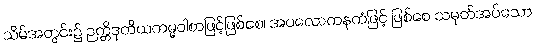
သိမ်အတွင်း၌ ဉတ္တိဒုတိယကမ္မဝါစာဖြင့်ဖြစ်စေ၊ အပလောကနကံဖြင့် ဖြစ်စေ သမုတ်အပ်သော